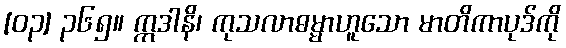
[၀၃] ၃၆၅။ ဣဒါနိ၊ ကုသလာဓမ္မာဟူသော မာတိကာပုဒ်ကို